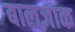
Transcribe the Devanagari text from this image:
बालज़ाक